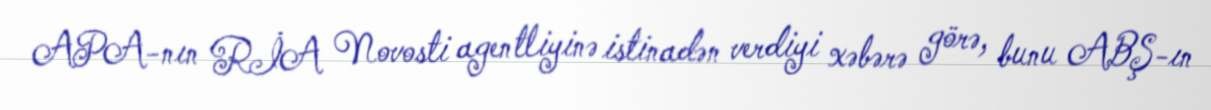
APA-nın RİA Novosti agentliyinə istinadən verdiyi xəbərə görə, bunu ABŞ-ın